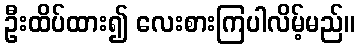
ဦးထိပ်ထား၍ လေးစားကြပါလိမ့်မည်။